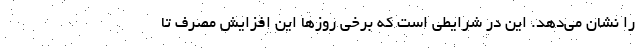
را نشان می‌دهد. این در شرایطی است که برخی روزها این افزایش مصرف تا